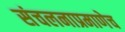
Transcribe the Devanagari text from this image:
संचलनाप्रमाणेच